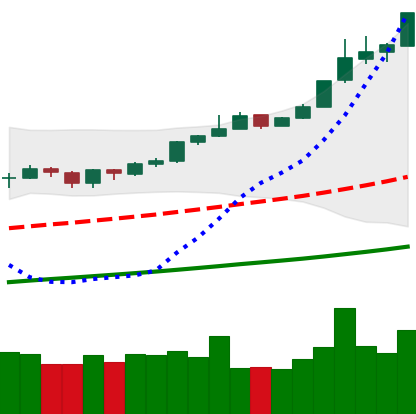
Ticker: BTC-USD
Chart end date: 2019-06-25
Forward return: -8.259%
Label: down_7plus